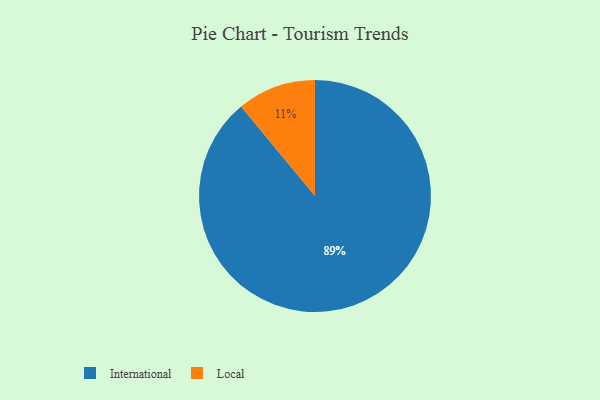
{"axis": {"x": "Category", "y": "Percentage"}, "legend": ["International", "Local"], "data": [{"x": "International", "y": 89, "type": "International"}, {"x": "Local", "y": 11, "type": "Local"}]}